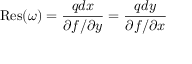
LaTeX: { \mathrm { R e s } } ( \omega ) = { \frac { q d x } { \partial f / \partial y } } = { \frac { q d y } { \partial f / \partial x } }